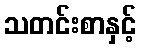
သတင်းစာနှင့်